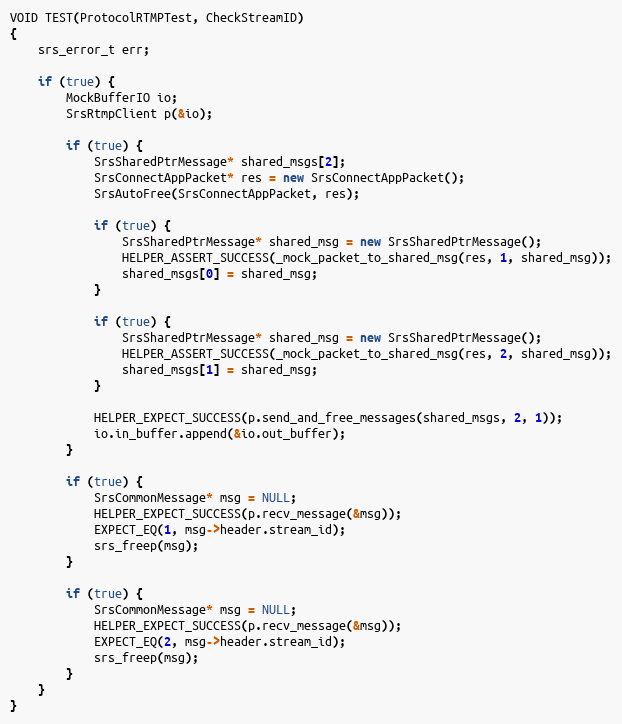
Language: C++
VOID TEST(ProtocolRTMPTest, CheckStreamID)
{
    srs_error_t err;

    if (true) {
        MockBufferIO io;
        SrsRtmpClient p(&io);

        if (true) {
            SrsSharedPtrMessage* shared_msgs[2];
            SrsConnectAppPacket* res = new SrsConnectAppPacket();
            SrsAutoFree(SrsConnectAppPacket, res);

            if (true) {
                SrsSharedPtrMessage* shared_msg = new SrsSharedPtrMessage();
                HELPER_ASSERT_SUCCESS(_mock_packet_to_shared_msg(res, 1, shared_msg));
                shared_msgs[0] = shared_msg;
            }

            if (true) {
                SrsSharedPtrMessage* shared_msg = new SrsSharedPtrMessage();
                HELPER_ASSERT_SUCCESS(_mock_packet_to_shared_msg(res, 2, shared_msg));
                shared_msgs[1] = shared_msg;
            }

            HELPER_EXPECT_SUCCESS(p.send_and_free_messages(shared_msgs, 2, 1));
            io.in_buffer.append(&io.out_buffer);
        }

        if (true) {
            SrsCommonMessage* msg = NULL;
            HELPER_EXPECT_SUCCESS(p.recv_message(&msg));
            EXPECT_EQ(1, msg->header.stream_id);
            srs_freep(msg);
        }

        if (true) {
            SrsCommonMessage* msg = NULL;
            HELPER_EXPECT_SUCCESS(p.recv_message(&msg));
            EXPECT_EQ(2, msg->header.stream_id);
            srs_freep(msg);
        }
    }
}